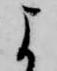
よ